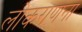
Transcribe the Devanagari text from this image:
लोकगणना